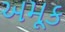
અમૂક